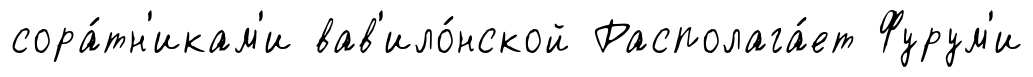
сора́тн'икам'и вав'ило́нской Располага́ет Фурум'и